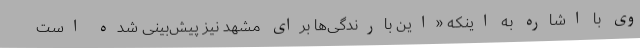
وی با اشاره به اینکه «این بارندگی‌ها برای مشهد نیز پیش‌بینی شده است